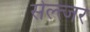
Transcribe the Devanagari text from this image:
सेल्त्जर